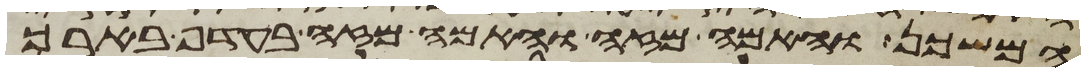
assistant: המשכן והאמה מזה והאמה מזה בעדף בארך